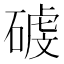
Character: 𥔮